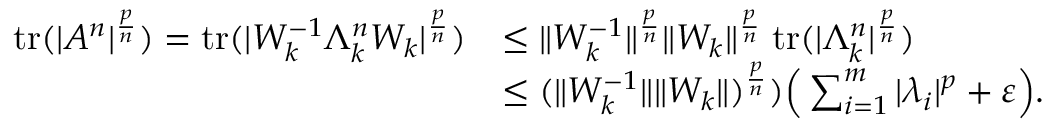
\begin{array} { r l } { \mathrm { t r } ( | A ^ { n } | ^ { \frac { p } { n } } ) = \mathrm { t r } ( | W _ { k } ^ { - 1 } \Lambda _ { k } ^ { n } W _ { k } | ^ { \frac { p } { n } } ) } & { \le \| W _ { k } ^ { - 1 } \| ^ { \frac { p } { n } } \| W _ { k } \| ^ { \frac { p } { n } } \; \mathrm { t r } ( | \Lambda _ { k } ^ { n } | ^ { \frac { p } { n } } ) } \\ & { \le ( \| W _ { k } ^ { - 1 } \| \| W _ { k } \| ) ^ { \frac { p } { n } } ) \Big ( \sum _ { i = 1 } ^ { m } | \lambda _ { i } | ^ { p } + \varepsilon \Big ) . } \end{array}